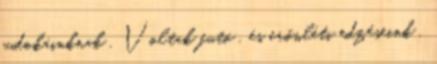
judokáinknak . Voltak futó , és erőnléti edzéseink ,